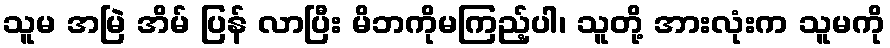
သူမ အမြဲ အိမ် ပြန် လာပြီး မိဘကိုမကြည့်ပါ၊ သူတို့ အားလုံးက သူမကို